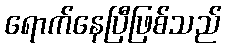
ရောက်နေပြီဖြစ်သည်